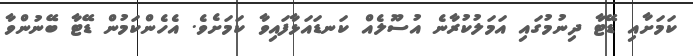
ކަމަށާއި ޑޭޓާ ދިނުމުގައި އަމަލުކުރާނެ އުސޫލެއް ކަނޑައަޅާފައިވާ ކަމަށެވެ. އެހެންކަމުން ޑޭޓާ ބޭނުންވާ